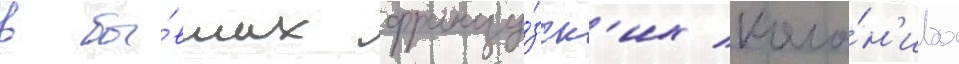
в бы́вших францу́зск'их коло́н'иах